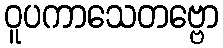
ဝူပကာသေတဗ္ဗော